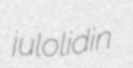
julolidin